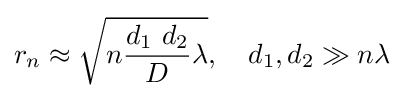
r_{n}\approx {\sqrt {n{\frac {d_{1}\ d_{2}}{D}}\lambda }},\quad d_{1},d_{2}\gg n\lambda